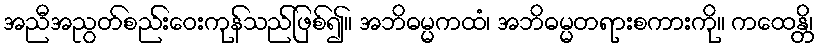
အညီအညွတ်စည်းဝေးကုန်သည်ဖြစ်၍။ အဘိဓမ္မကထံ၊ အဘိဓမ္မတရားစကားကို။ ကထေန္တိ၊